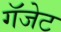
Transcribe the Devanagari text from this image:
गॅजेट